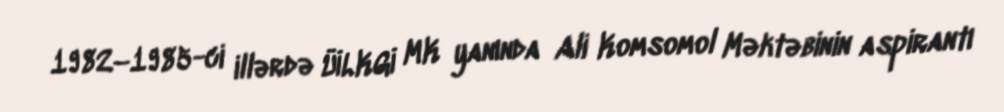
1982–1985-ci illərdə ÜİLKGİ MK yanında Ali Komsomol Məktəbinin aspirantı